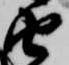
由